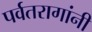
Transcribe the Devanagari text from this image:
पर्वतरागांनी